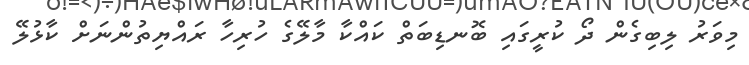
މިވަރު ލިބިގެން ދޯ ކުރީގައި ބޮނޑިބަތް ކައްކާ މާލޭގެ ހުރިހާ ރައްޔިތުންނަށް ކާޅުލޭ